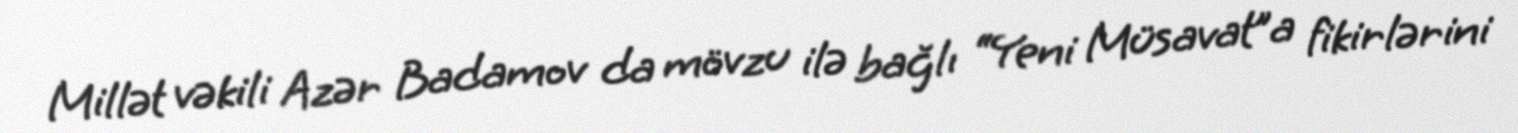
Millət vəkili Azər Badamov da mövzu ilə bağlı “Yeni Müsavat”a fikirlərini